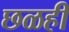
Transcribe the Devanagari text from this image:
छळही